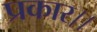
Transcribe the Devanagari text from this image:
प्रकार।।